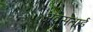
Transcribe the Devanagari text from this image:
अवसताई